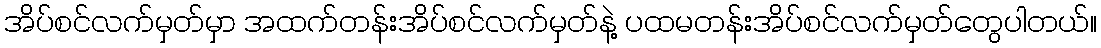
အိပ်စင်လက်မှတ်မှာ အထက်တန်းအိပ်စင်လက်မှတ်နဲ့ ပထမတန်းအိပ်စင်လက်မှတ်တွေပါတယ်။